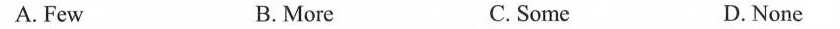
A. Few B.More C. Some D. None